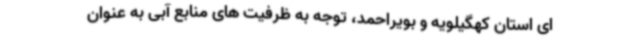
ای استان کهگیلویه و بویراحمد، توجه به ظرفیت های منابع آبی به عنوان